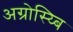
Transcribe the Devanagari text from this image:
अग्रोस्य्बि